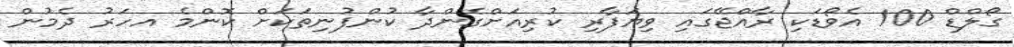
ގޯލްޑް 100 އެވޯޑަކި ރާއްޖޭގައި ވިޔަފާރި ކުރިއަށްގެންދާ ކުންފުނިތަކަށް ކޮންމެ އހަަރު ދެމުން